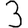
Digit: 3